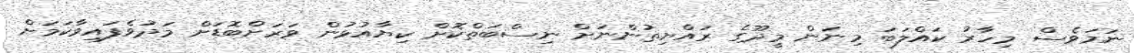
ނަމަވެސް މިހާރު ކައްލަބަ މިނަން މީދޫގެ ރައްޔިތުންނަށް ނިސްބަތްކޮށް ކިޔާއުޅުން ވަރަށްބޮޑަށް މަދުވެފައިވާކަމަށް